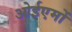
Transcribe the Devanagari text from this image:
ओईएमों